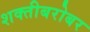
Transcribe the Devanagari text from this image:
शक्तीबरोबर